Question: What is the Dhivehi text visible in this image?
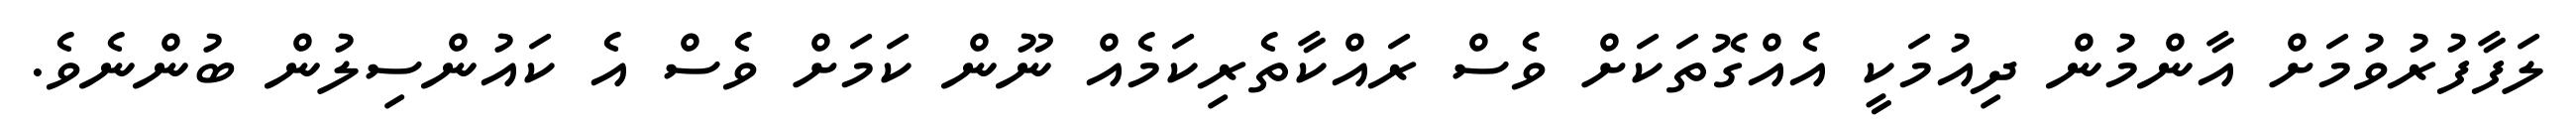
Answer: ލަފާފުރުވުމަށް އާންމުން ދިއުމަކީ އެއްގޮތަކަށް ވެސް ރައްކާތެރިކަމެއް ނޫން ކަމަށް ވެސް އެ ކައުންސިލުން ބުންނެވެ.